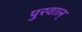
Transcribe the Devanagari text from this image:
पुरवाल्